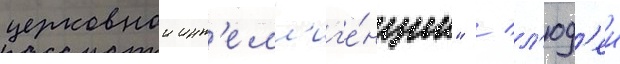
церковнои инт'елл'иг'е́нции" / л'юд'еи